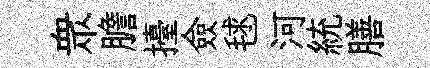
衆膽擡僉毬河統膳